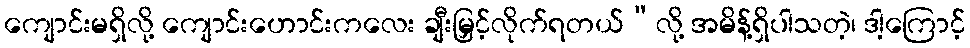
ကျောင်းမရှိလို့ ကျောင်းဟောင်းကလေး ချီးမြှင့်လိုက်ရတယ်”လို့ အမိန့်ရှိပါသတဲ့၊ ဒါ့ကြောင့်